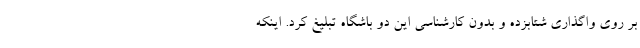
بر روی واگذاری شتابزده و بدون کارشناسی این دو باشگاه تبلیغ کرد. اینکه